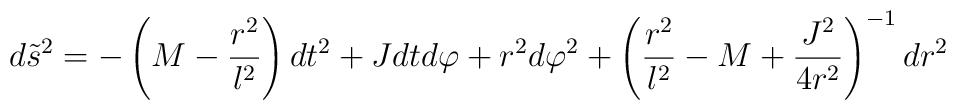
d{\tilde{s}}^2=-\left(M-\frac{r^2}{l^2}\right)dt^2+Jdtd\varphi +r^2 d\varphi^2 + \left(\frac{r^2}{l^2}-M+\frac{J^2}{4r^2}\right)^{-1}dr^2